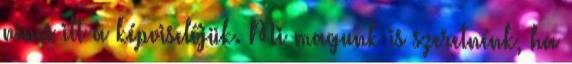
nincs itt a képviselőjük. Mi magunk is szeretnénk, ha